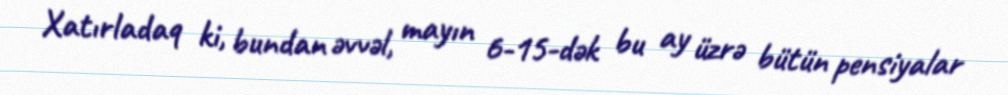
Xatırladaq ki, bundan əvvəl, mayın 6-15-dək bu ay üzrə bütün pensiyalar